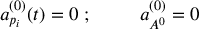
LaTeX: a _ { p _ { i } } ^ { ( 0 ) } ( t ) = 0 \; ; \; \; \; \; \; \; \; \; \; a _ { A ^ { 0 } } ^ { ( 0 ) } = 0